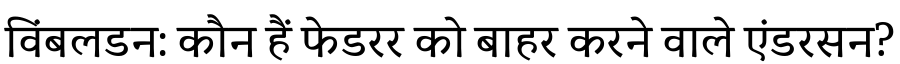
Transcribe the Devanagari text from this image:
विंबलडन: कौन हैं फेडरर को बाहर करने वाले एंडरसन?